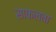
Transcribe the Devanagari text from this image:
साफलता